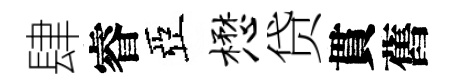
肆睿亞懋贷貫舊